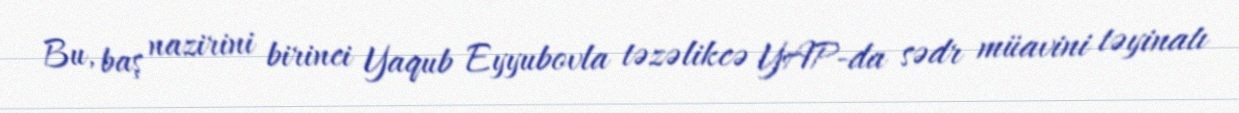
Bu, baş nazirini birinci Yaqub Eyyubovla təzəlikcə YAP-da sədr müavini təyinatı